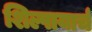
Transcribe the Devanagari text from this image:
शिल्पायार्च